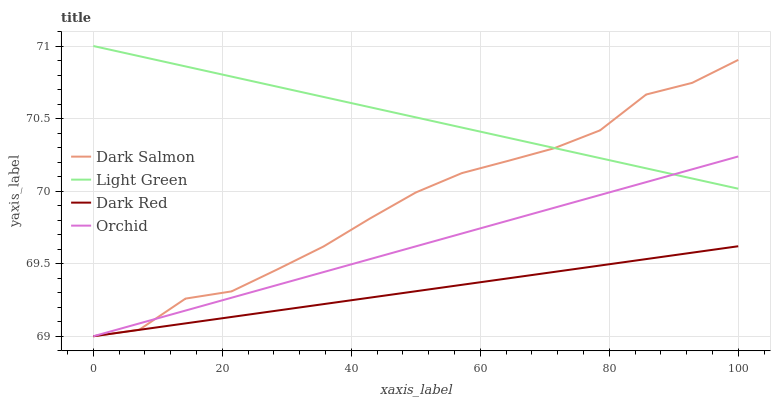
| xaxis_label | Dark Salmon | Light Green | Dark Red | Orchid |
 | --- | --- | --- | --- | --- |
 | 0 | 69 | 71 | 69 | 69 |
 | 7.14 | 69 | 70.9 | 69 | 69.1 |
 | 14.3 | 69.3 | 70.9 | 69.1 | 69.2 |
 | 21.4 | 69.3 | 70.8 | 69.1 | 69.3 |
 | 28.6 | 69.5 | 70.7 | 69.2 | 69.4 |
 | 35.7 | 69.6 | 70.6 | 69.2 | 69.4 |
 | 42.9 | 69.8 | 70.6 | 69.3 | 69.5 |
 | 50 | 70 | 70.5 | 69.3 | 69.6 |
 | 57.1 | 70.1 | 70.4 | 69.4 | 69.7 |
 | 64.3 | 70.2 | 70.4 | 69.4 | 69.8 |
 | 71.4 | 70.3 | 70.3 | 69.4 | 69.9 |
 | 78.6 | 70.4 | 70.2 | 69.5 | 70 |
 | 85.7 | 70.7 | 70.2 | 69.5 | 70.1 |
 | 92.9 | 70.7 | 70.1 | 69.6 | 70.2 |
 | 100 | 70.9 | 70 | 69.6 | 70.2 |